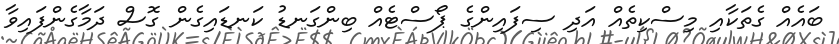
ބައެއް ގެތަކާއި މިސްކިތެއް އަދި ސިފައިންގެ ޕޯސްޓެއް ބިންގަނޑު ކަނޑައިގެން ގޮސް ދަމާގެންފައިވާ